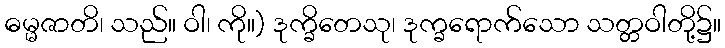
ဓမ္မဇာတိ၊ သည်။ ဝါ၊ ကို။) ဒုက္ခိတေသု၊ ဒုက္ခရောက်သော သတ္တဝါတို့၌။